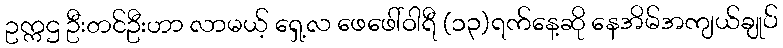
ဥက္ကဌ ဦးတင်ဦးဟာ လာမယ့် ရှေ့လ ဖေဖေါ်ဝါရီ (၁၃)ရက်နေ့ဆို နေအိမ်အကျယ်ချုပ်